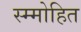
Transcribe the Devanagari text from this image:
स्म्मोहित